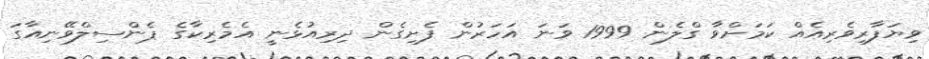
ވިޔަފާރިވެރިއެއް ކަމަށްވާ ގްލެން 1999 ވަނަ އަހަރުން ފެށިގެން ދިރިއުޅެނީ އެމެރިކާގެ ޕެންސިލްވޭނިއާގަ